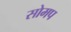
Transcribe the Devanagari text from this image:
सोमप